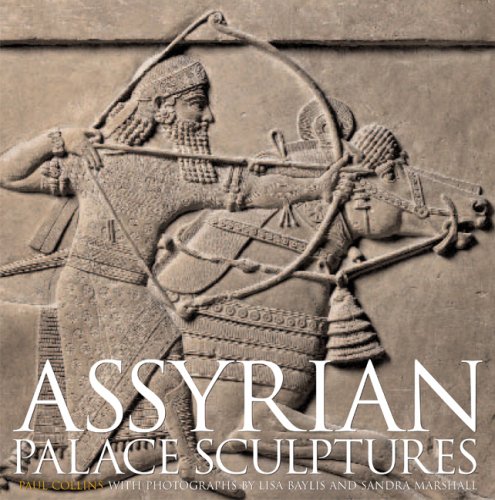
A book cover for Assyrian Palace Sculptures; Paul Collins; History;